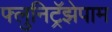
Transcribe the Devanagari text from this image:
फ्लुनिट्रॅझेपाम